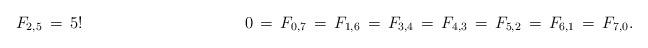
LaTeX: \begin{align*}F_{2,5}\,=\,5!\ \ \ \ \ \ \ \ \ \ \ \ \ \ \ \ \ \ \ \ \ \ \ \ \ \ \ \ \ \ 0\,=\,F_{0,7}\,=\,F_{1,6}\,=\,F_{3,4}\,=\,F_{4,3}\,=\,F_{5,2}\,=\,F_{6,1}\,=\,F_{7,0}.\end{align*}